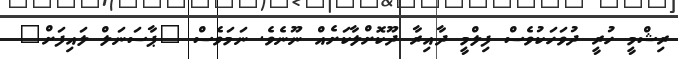
ރިޝްމީ ހުރީ ދުވަހަކުވެސް ފިލްމީ ދާއިރާ ދޫކޮށްލާކަށެއް ނޫނެވެ. ނަމަވެސް "ޕާސަނަލް ލައިފަށް"